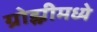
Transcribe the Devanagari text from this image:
ग्रोझ्नीमध्ये